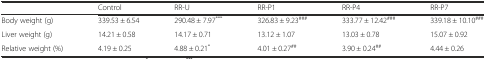
<table><thead><tr><td></td><td><b>Control</b></td><td><b>RR-U</b></td><td><b>RR-P1</b></td><td><b>RR-P4</b></td><td><b>RR-P7</b></td></tr></thead><tbody><tr><td>Body weight (g)</td><td>339.53 ± 6.54</td><td>290.48 ± 7.97<sup>***</sup></td><td>326.83 ± 9.23<sup>###</sup></td><td>333.77 ± 12.42<sup>###</sup></td><td>339.18 ± 10.10<sup>###</sup></td></tr><tr><td>Liver weight (g)</td><td>14.21 ± 0.58</td><td>14.17 ± 0.71</td><td>13.12 ± 1.07</td><td>13.03 ± 0.78</td><td>15.07 ± 0.92</td></tr><tr><td>Relative weight (%)</td><td>4.19 ± 0.25</td><td>4.88 ± 0.21<sup>*</sup></td><td>4.01 ± 0.27<sup>##</sup></td><td>3.90 ± 0.24<sup>##</sup></td><td>4.44 ± 0.26</td></tr></tbody></table>